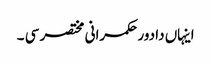
اینہاں دا دور حکمرانی مختصر سی ۔